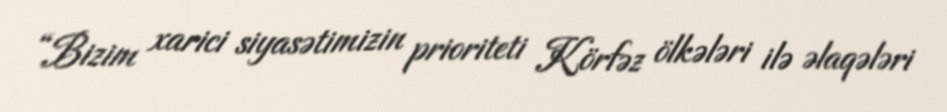
“Bizim xarici siyasətimizin prioriteti Körfəz ölkələri ilə əlaqələri